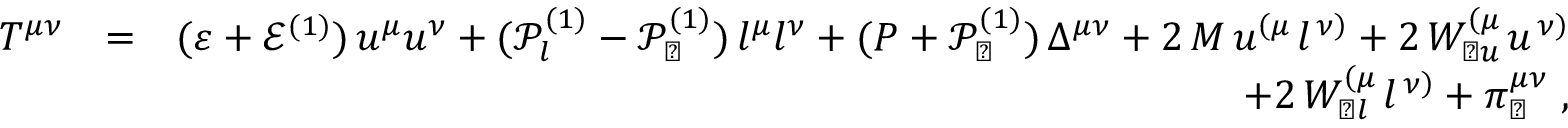
\begin{array} { r l r } { T ^ { \mu \nu } } & { = } & { ( \varepsilon + \mathcal { E } ^ { ( 1 ) } ) \, u ^ { \mu } u ^ { \nu } + ( \mathcal { P } _ { l } ^ { ( 1 ) } - \mathcal { P } _ { \perp } ^ { ( 1 ) } ) \, l ^ { \mu } l ^ { \nu } + ( P + \mathcal { P } _ { \perp } ^ { ( 1 ) } ) \, \Delta ^ { \mu \nu } + 2 \, M \, u ^ { \left( \mu \right. } l ^ { \left. \nu \right) } + 2 \, W _ { \perp u } ^ { \left( \mu \right. } u ^ { \left. \nu \right) } } \\ & { } & { + 2 \, W _ { \perp l } ^ { \left( \mu \right. } l ^ { \left. \nu \right) } + \pi _ { \perp } ^ { \mu \nu } \; , } \end{array}